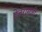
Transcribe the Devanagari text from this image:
हेतरामजी